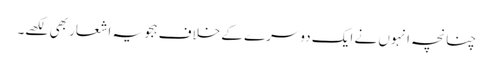
چنانچہ انہوں نے ایک دوسرے کے خلاف ہجویہ اشعار بھی لکھے۔